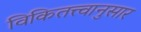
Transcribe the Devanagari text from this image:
विकितत्त्वानुसार